Indian journal of veterinary science and animal husbandry - Volumes 24-25, 1954-1955
Year: 1954
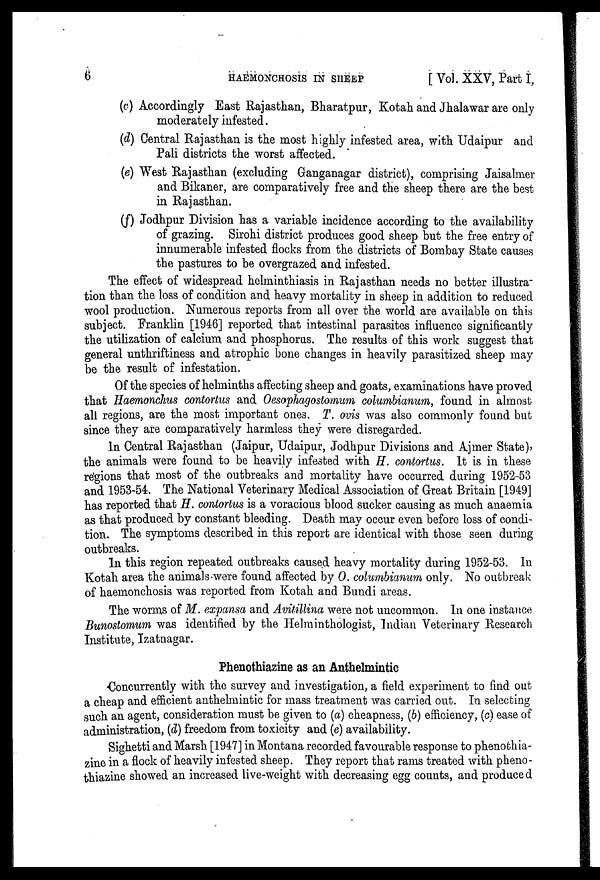
6
HAEMONCHOSIS
IN
SHEEP
[Vol. XXV, Part I,
(c) Accordingly East Rajasthan, Bharatpur, Kotah and Jhalawar are only
moderately infested.
(d) Central Rajasthan is the most highly infested area, with Udaipur and
Pali districts the worst affected.
(e) West Rajasthan (excluding Ganganagar district), comprising Jaisalmer
and Bikaner, are comparatively free and the sheep there are the best
in Rajasthan.
(f) Jodhpur Division has a variable incidence according to the availability
of grazing. Sirohi district produces good sheep but the free entry of
innumerable infested flocks from the districts of Bombay State causes
the pastures to be overgrazed and infested.
The effect of widespread helminthiasis in Rajasthan needs no better illustra-
tion than the loss of condition and heavy mortality in sheep in addition to reduced
wool production. Numerous reports from all over the world are available on this
subject. Franklin [1946] reported that intestinal parasites influence significantly
the utilization of calcium and phosphorus. The results of this work suggest that
general unthriftiness and atrophic bone changes in heavily parasitized sheep may
be the result of infestation.
Of the species of helminths affecting sheep and goats, examinations have proved
that Haemonchus contortus and Oesophagostomum columbianum, found in almost
all regions, are the most important ones. T. ovis was also commonly found but
since they are comparatively harmless they were disregarded.
In Central Rajasthan (Jaipur, Udaipur, Jodhpur Divisions and Ajmer State),
the animals were found to be heavily infested with H. contortus. It is in these
regions that most of the outbreaks and mortality have occurred during 1952-53
and 1953-54. The National Veterinary Medical Association of Great Britain [1949]
has reported that H. contortus is a voracious blood sucker causing as much anaemia
as that produced by constant bleeding. Death may occur even before loss of condi-
tion. The symptoms described in this report are identical with those seen during
outbreaks.
In this region repeated outbreaks caused heavy mortality during 1952-53. In
Kotah area the animals were found affected by O. columbianum only. No outbreak
of haemonchosis was reported from Kotah and Bundi areas.
The worms of M. expansa and Avitillina were not uncommon. In one instance
Bunostomum was identified by the Helminthologist, Indian Veterinary Research
Institute, Izatnagar.
Phenothiazine as an Anthelmintic
Concurrently with the survey and investigation, a field experiment to find out
a cheap and efficient anthelmintic for mass treatment was carried out. In selecting
such an agent, consideration must be given to (a) cheapness, (b) efficiency, (c) ease of
administration, (d) freedom from toxicity and (e) availability.
Sighetti and Marsh [1947] in Montana recorded favourable response to phenothia-
zine in a flock of heavily infested sheep. They report that rams treated with pheno-
thiazine showed an increased live-weight with decreasing egg counts, and produced